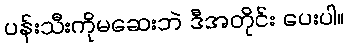
ပန်းသီးကိုမဆေးဘဲ ဒီအတိုင်း ပေးပါ။